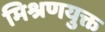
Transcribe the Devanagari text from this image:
मिश्रणयुक्त